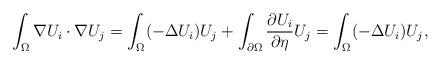
LaTeX: \begin{align*}\int_{\Omega}\nabla U_i\cdot \nabla U_j=\int_{\Omega}(-\Delta U_i)U_j+\int_{\partial\Omega}\frac{\partial U_i}{\partial \eta} U_j=\int_{\Omega}(-\Delta U_i)U_j,\end{align*}